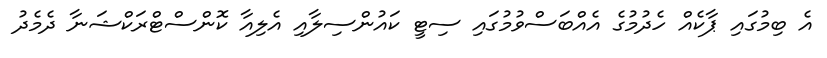
އެ ބިމުގައި ޕާކެއް ހެދުމުގެ އެއްބަސްވުމުގައި ސިޓީ ކައުންސިލާއި އެލިއާ ކޮންސްޓްރަކްޝަނާ ދެމެދު